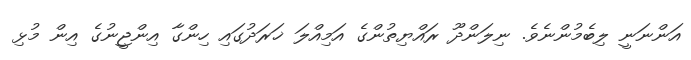
އަންނަނީ ލިބެމުންނެވެ. ނިލަންދޫ ރައްޔިތުންގެ އަމިއްލަ ޚަރަދުގައި ހިންގާ އިންޖީނުގެ އިން މުޅި